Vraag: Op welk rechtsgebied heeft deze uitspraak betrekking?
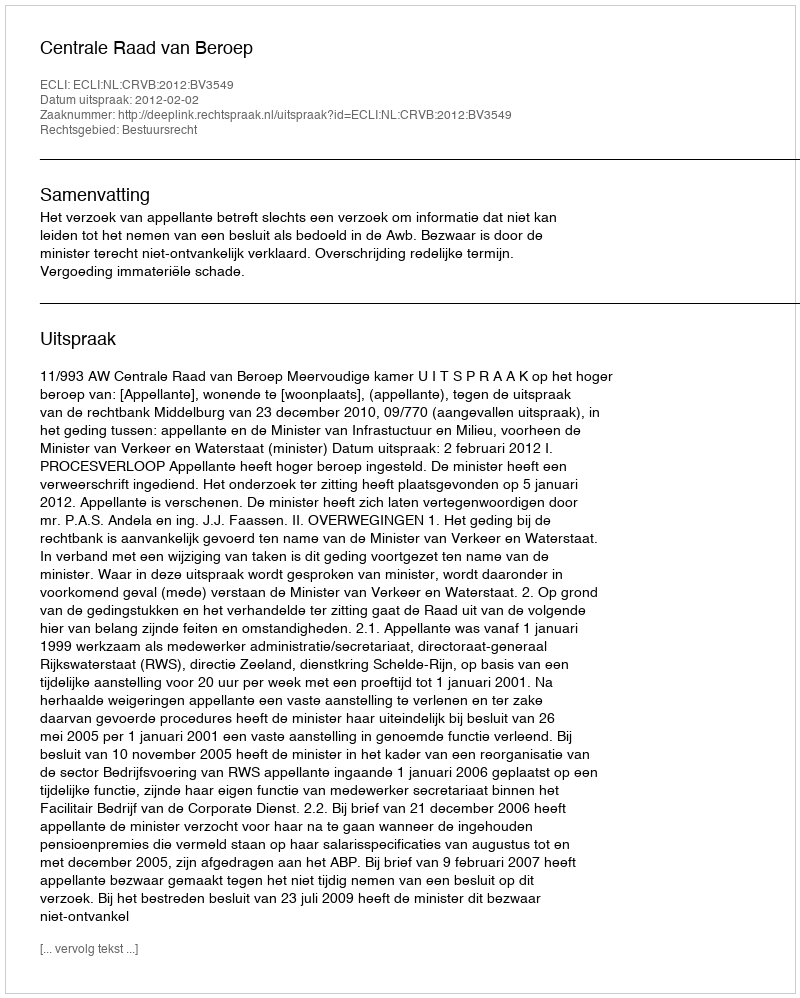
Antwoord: Bestuursrecht